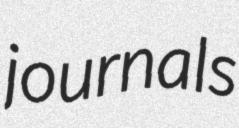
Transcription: journals